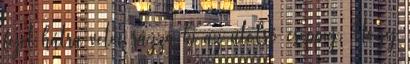
fejét hátra vetve rázza ki az utolsó cseppig. Hogy